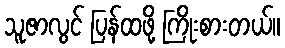
သူဇာလွင် ပြန်ထဖို့ ကြိုးစားတယ်။